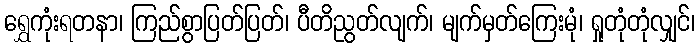
ရွှေကုံးရတနာ၊ ကြည်စွာပြတ်ပြတ်၊ ပီတိညွတ်လျက်၊ မျက်မှတ်ကြေးမုံ၊ ရှုတုံတုံလျှင်၊